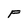
Character: F